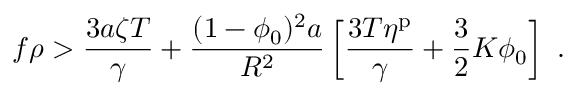
f \rho > \frac { 3 a \zeta T } { \gamma } + \frac { ( 1 - \phi _ { 0 } ) ^ { 2 } a } { R ^ { 2 } } \left[ \frac { 3 T \eta ^ { \mathrm { p } } } { \gamma } + \frac { 3 } { 2 } K \phi _ { 0 } \right] \ .